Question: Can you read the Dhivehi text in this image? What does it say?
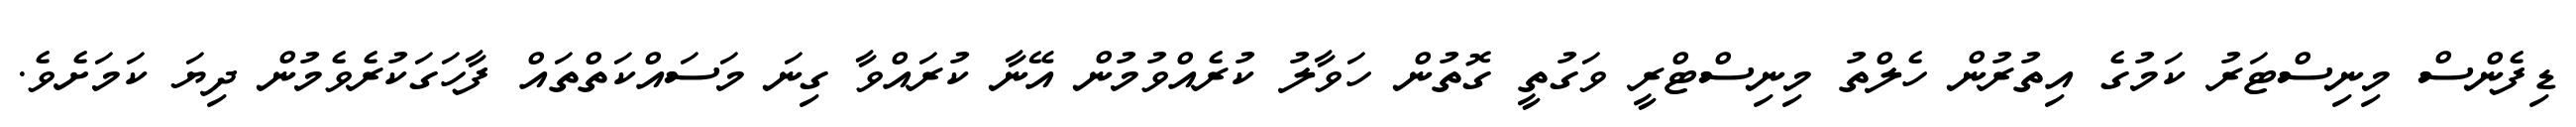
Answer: ޑިފެންސް މިނިސްޓަރު ކަމުގެ އިތުރުން ހެލްތު މިނިސްޓްރީ ވަގުތީ ގޮތުން ހަވާލު ކުރެއްވުމުން އޭނާ ކުރައްވާ ގިނަ މަސައްކަތްތައް ފާހަގަކުރެވެމުން ދިޔަ ކަމަށެވެ.